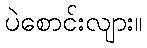
ပဲစောင်းလျား။